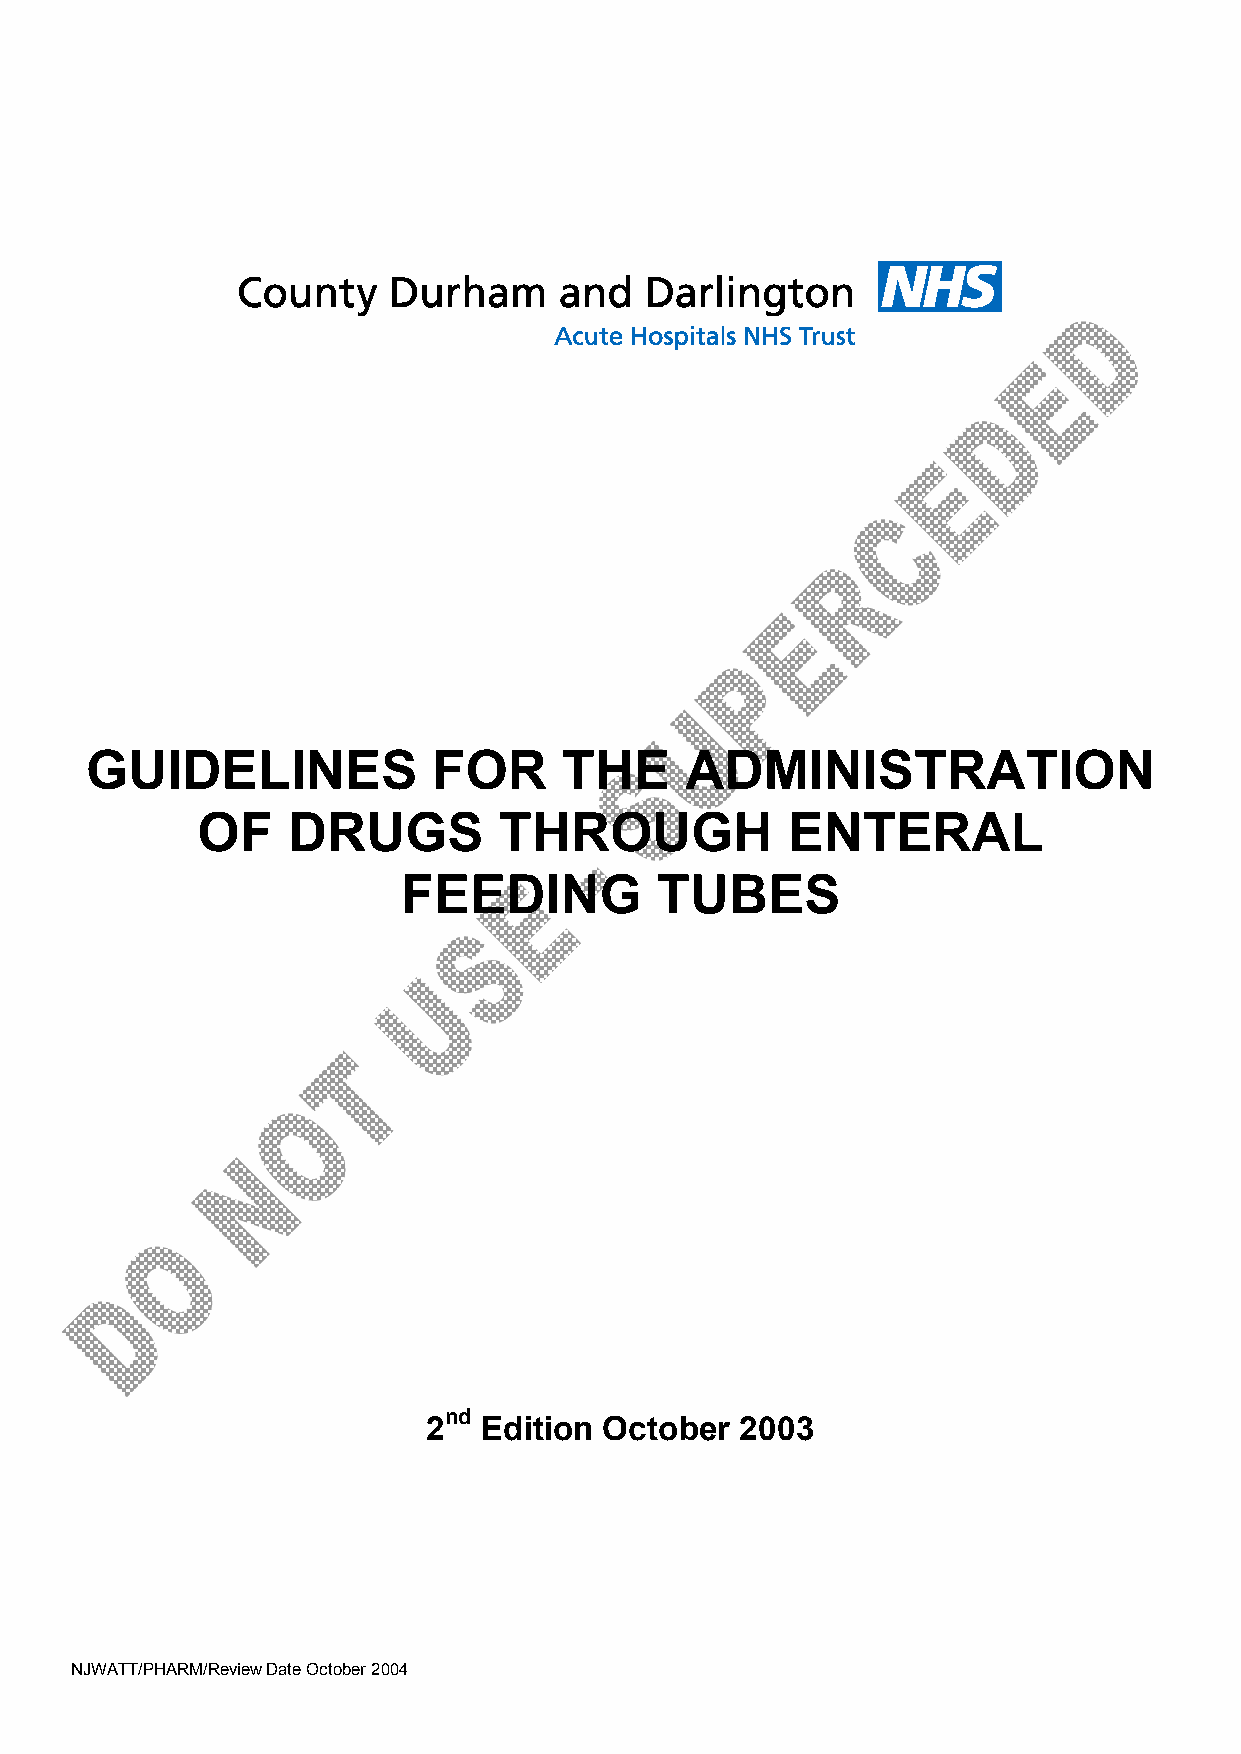
GUIDELINES             FOR     THE     ADMINISTRATION
 OF    DRUGS         THROUGH            ENTERAL
 FEEDING         TUBES
 nd
 2   Edition October  2003
 NJWATT/PHARM/Review Date October 2004